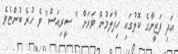
އަދި ފަޒީނާގެ ކޮލުގައި ހިފާލަމުން ވަރަށް " ސީރިއަސް" ވެ ހުރެ ބުންޏެވެ